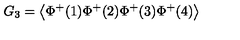
G _ { 3 } = \left\langle \Phi ^ { + } ( 1 ) \Phi ^ { + } ( 2 ) \Phi ^ { + } ( 3 ) \Phi ^ { + } ( 4 ) \right\rangle